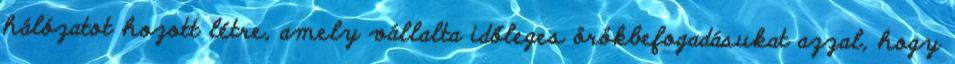
hálózatot hozott létre, amely vállalta időleges örökbefogadásukat azzal, hogy